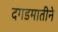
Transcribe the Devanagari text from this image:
दगडमातीने